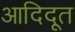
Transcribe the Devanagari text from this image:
आदिदूत